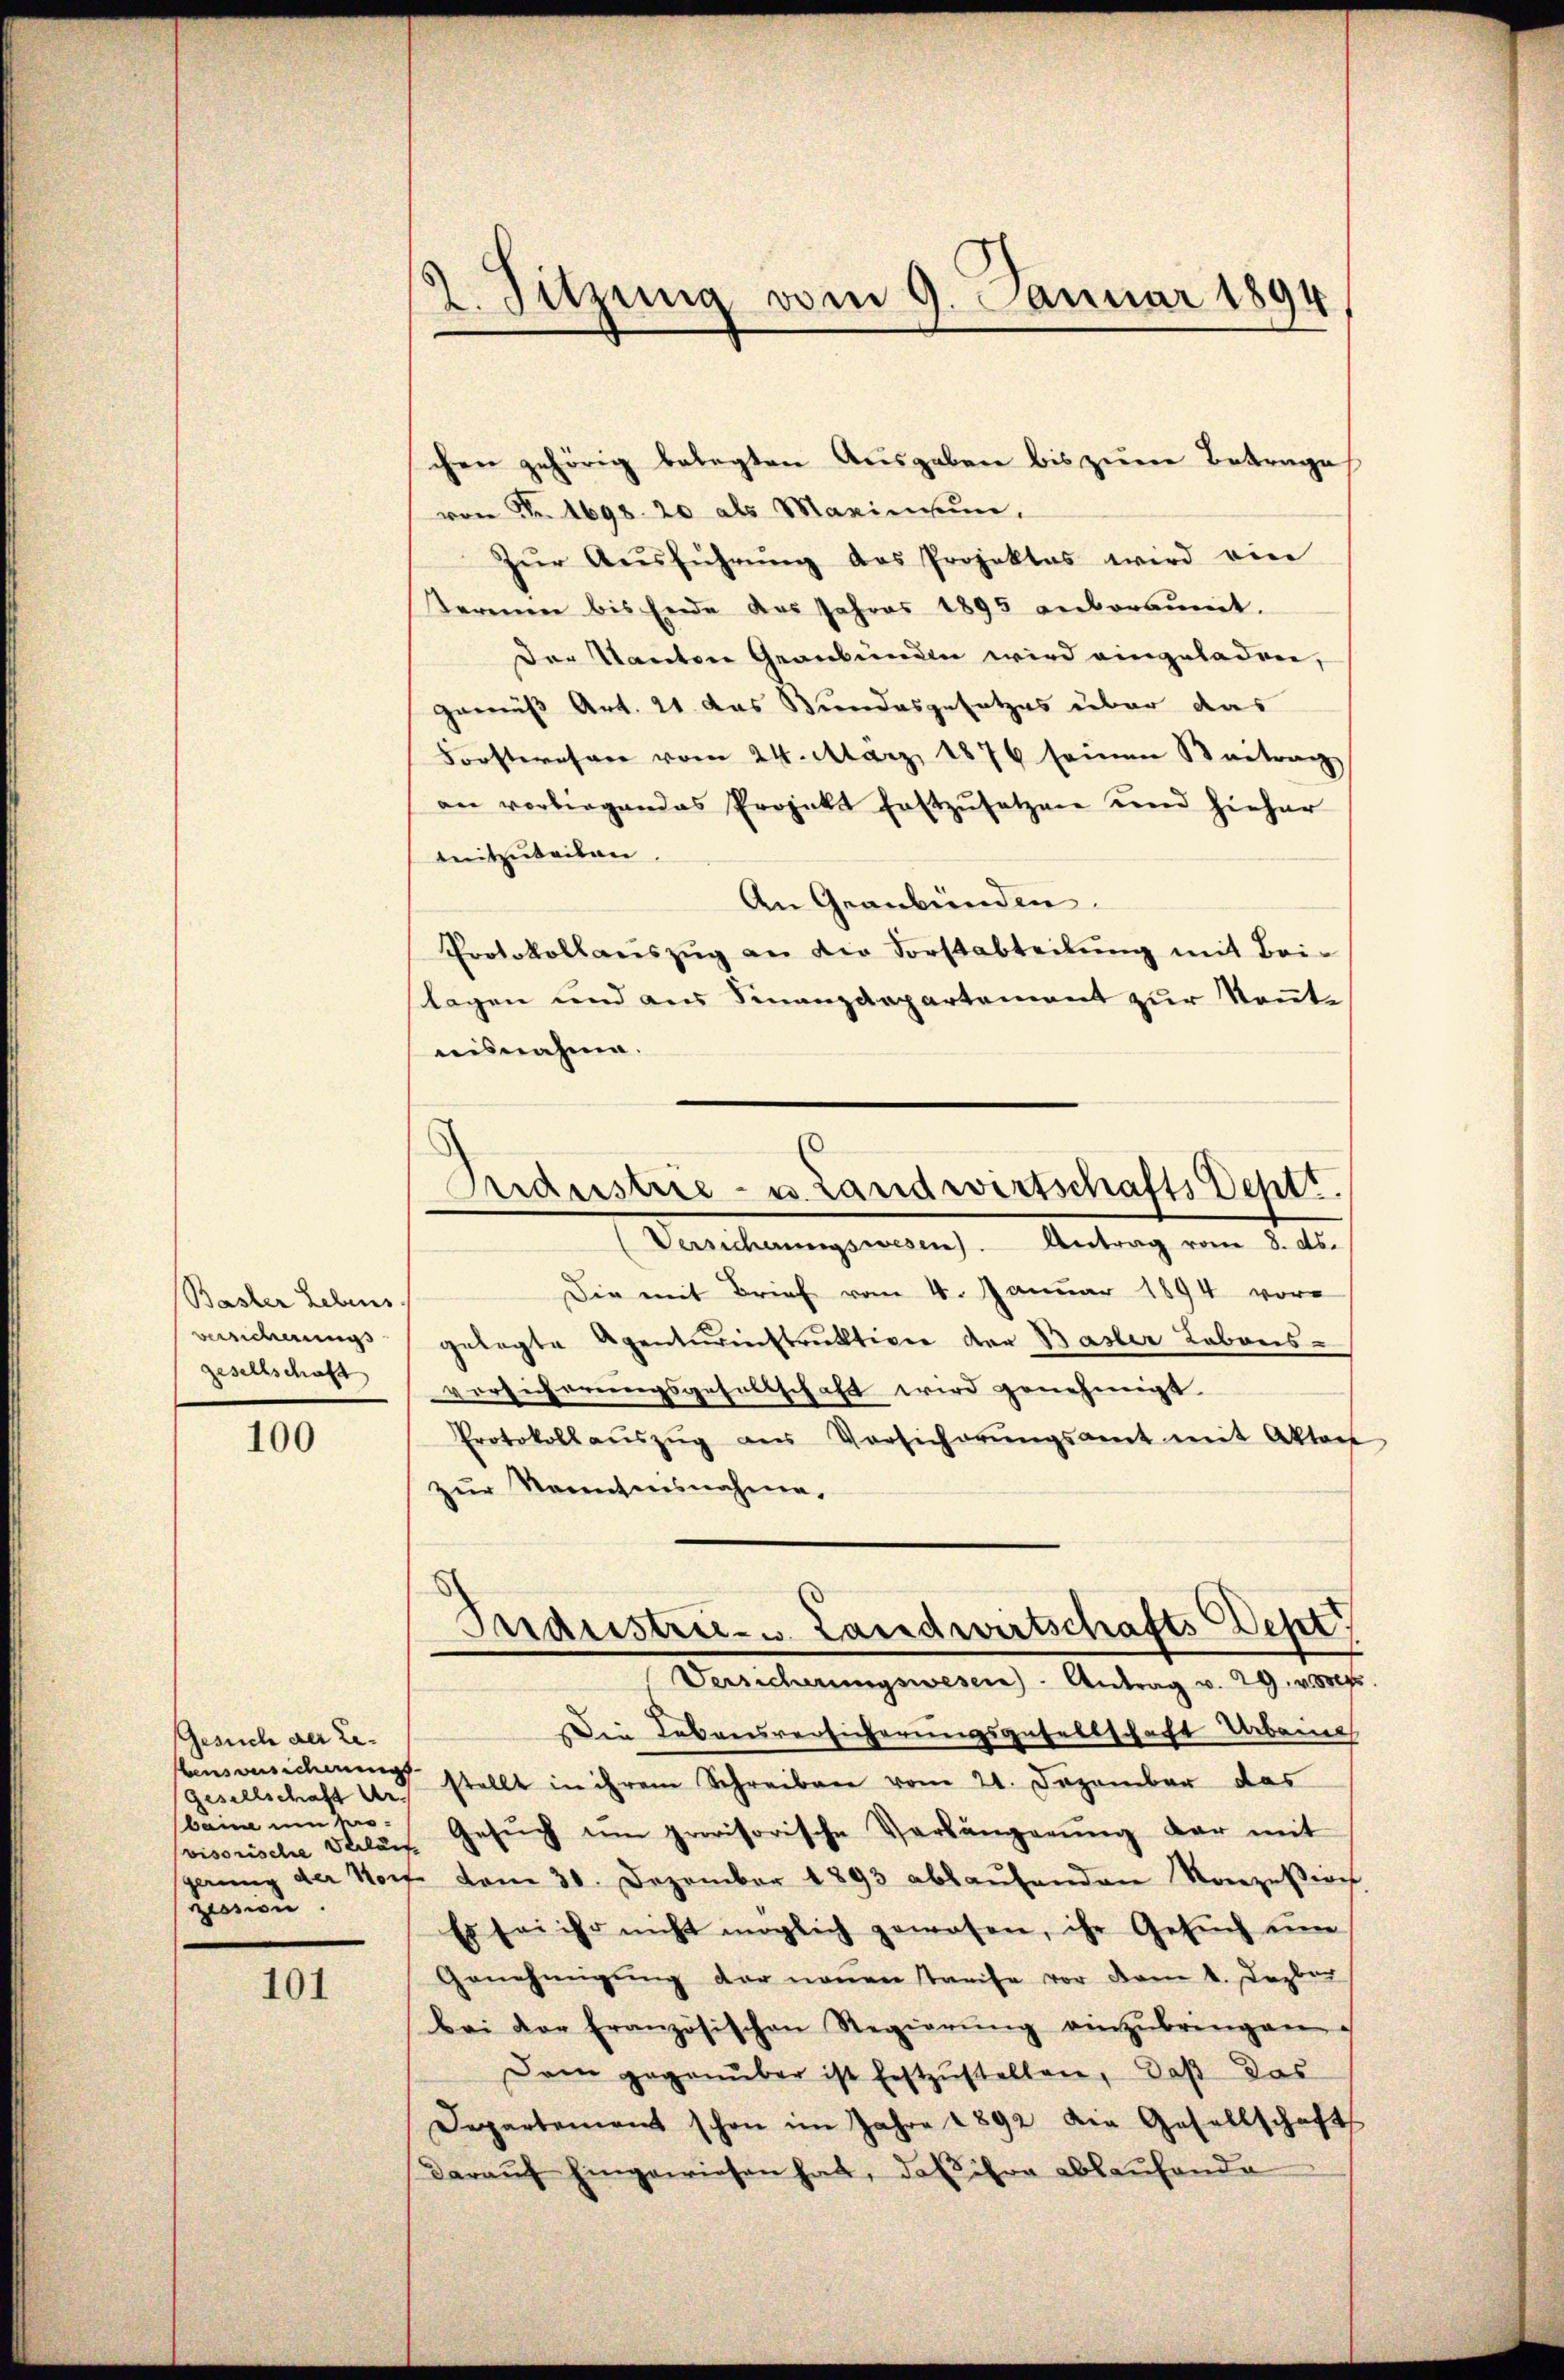
Basler Lebens.
Bersicherungs
gesellschaft

100

Gesuch der Lebensbesicherungs
Gesellschaft Urbaine um Movisorische Verläuf
pession.

101

9. Sitzung vom 9. Januar 1894

chen gehörig belegten Ausgaben bis zum Betrage
von Fr. 1698. 20 als Marinnen.
Zŭr Aŭsführŭng des Projektes wird ein
Terenen bis Ende das Jahres 1895 anberaumt.
Der Kanton Graubünden wird eingeladen,
gemäß Art. 21 das Bundesgesetzes über das
Forsteresare vom 24. März 1876 seinen Beitrag
an vorbirgendes Projekt festzŭsetzen und hieher
mitzuteilen.
An Graubünden.
Protokollauszug an die Forstabteilung mit Beislagen und aus Finanzdepartement zur Rente
nisnahme.
Die mit Brief vom 4. Januar 1894 vor
gelegte Agenturinstruktion der Basler Labons-
versicherungsgesellschaft wird genehmigt.
Protokollaŭszŭg ans Versicherŭngsamt mit Akten
zur Kenntnisnahme,
Industrie- u. Landwirtschafts Dept
Versicherungswesen - Antrag v. 29. v. 800f
Die Lebensversicherungsgesellschaft Urbaine
stellt in ihrem Schreiben vom 21. Dezember das
Gesŭch ŭm provisorische Verlängerŭng dar mit
gerŭng der Not vom 30. Dezember 1893 ablaŭfenden Konzesisch.
Es sei ihr nicht möglich gewesen, ihr Gesŭch ŭm
Genehmigŭng der neŭen Streise vor vom 1. Dezber
bei der französischen Regierŭng einzŭbringen.
Dam gegenüber ist festzŭstellen, daß das
Departement schon im Jahre 1892 die Gesellschaft
darauf hingewiesen hat, daß ihre ablaufende

Eidestrie- u. Landwirtschafts Deptt.
Versicherungswesen. Antrag vom 8. ds.